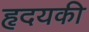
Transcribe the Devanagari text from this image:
हृदयकी